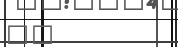
٧٠